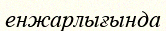
енжарлығында